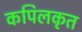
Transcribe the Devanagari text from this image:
कपिलकृत